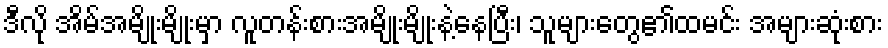
ဒီလို အိမ်အမျိုးမျိုးမှာ လူတန်းစားအမျိုးမျိုးနဲ့နေပြီး၊ သူများတွေ၏ထမင်း အများဆုံးစား